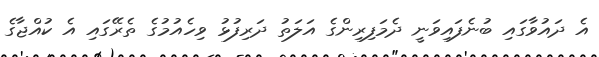
އެ ދައުވާގައި ބުނެފައިވަނީ ދެމަފިރިންގެ އަލަތު ދަރިފުޅު ވިހެއުމުގެ ތެރޭގައި އެ ކުއްޖާގެ